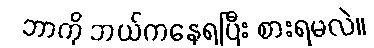
ဘာကို ဘယ်ကနေရပြီး စားရမလဲ။